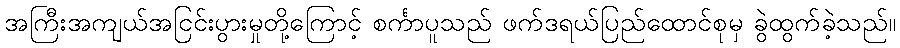
အကြီးအကျယ်အငြင်းပွားမှုတို့ကြောင့် စင်္ကာပူသည် ဖက်ဒရယ်ပြည်ထောင်စုမှ ခွဲထွက်ခဲ့သည်။